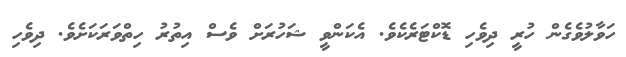
ހަވާލުވެގެން ހުރީ ދިވެހި ޑޮކްޓަރެކެވެ. އެކަންވީ ޝަހުރަށް ވެސް އިތުރު ހިތްވަރަކަށެވެ. ދިވެހި